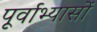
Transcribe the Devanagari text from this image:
पूर्वाभ्यासों